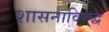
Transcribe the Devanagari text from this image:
शासनाविरुद्ध